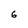
Character: 6